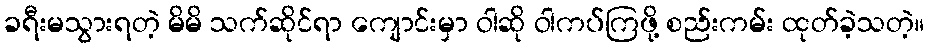
ခရီးမသွားရတဲ့ မိမိ သက်ဆိုင်ရာ ကျောင်းမှာ ဝါဆို ဝါကပ်ကြဖို့ စည်းကမ်း ထုတ်ခဲ့သတဲ့။